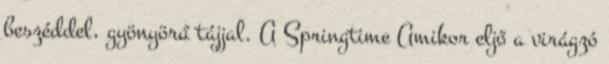
beszéddel, gyönyörű tájjal. A Springtime Amikor eljő a virágzó